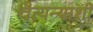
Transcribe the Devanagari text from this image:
चैत्यन्याशी